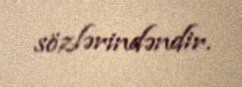
sözlərindəndir.